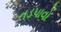
તડપાવો